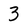
Character: 3